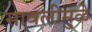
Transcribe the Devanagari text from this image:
सावलीमुळे